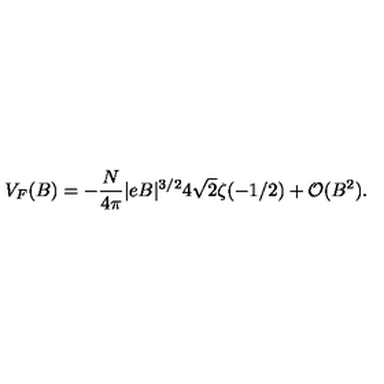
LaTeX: V _ { F } ( B ) = - \frac { N } { 4 \pi } | e B | ^ { 3 / 2 } 4 \sqrt { 2 } \zeta ( - 1 / 2 ) + { \cal O } ( B ^ { 2 } ) .